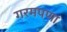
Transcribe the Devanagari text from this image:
गरमपणा